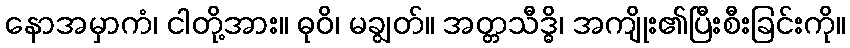
နောအမှာကံ၊ ငါတို့အား။ ဓုဝိ၊ မချွတ်။ အတ္တသီဒ္ဓိ၊ အကျိုး၏ပြီးစီးခြင်းကို။